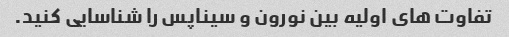
تفاوت های اولیه بین نورون و سیناپس را شناسایی کنید.